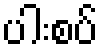
ပါးစပ်